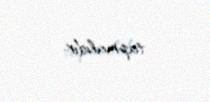
tapmalıdır.